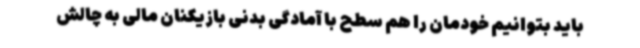
باید بتوانیم خودمان را هم‌ سطح با آمادگی بدنی بازیکنان مالی به چالش